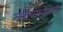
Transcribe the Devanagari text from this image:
गळयाभोवती